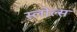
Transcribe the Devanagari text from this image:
स्लोल्स